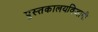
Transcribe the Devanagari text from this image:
पुस्तकालयविज्ञानी